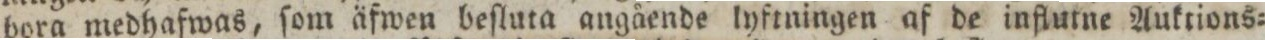
bora medhafwas, ſom äfwen beſluta angående lyftningen af de influtne Auktions=